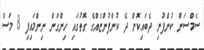
ސެމްސަން ކުންފުނި ދެބައިކޮށް ދެ ކުންފުންޏެއްގެ ގޮތުގައި ހިންގަން ނިންމައިފި 8 މަސް